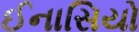
ઈનાસિયો